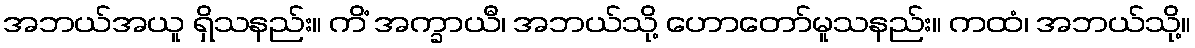
အဘယ်အယူ ရှိသနည်း။ ကိံ အက္ခာယီ၊ အဘယ်သို့ ဟောတော်မူသနည်း။ ကထံ၊ အဘယ်သို့။